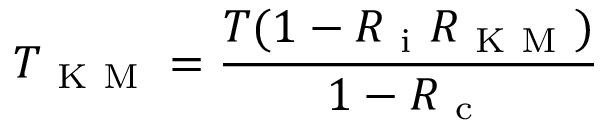
T _ { \mathrm { ~ K ~ M ~ } } = \frac { T ( 1 - R _ { \mathrm { ~ i ~ } } R _ { \mathrm { ~ K ~ M ~ } } ) } { 1 - R _ { \mathrm { ~ c ~ } } }